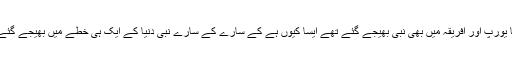
کیا یورپ اور افریقہ میں بھی نبی بھیجے گئے تھے ایسا کیوں ہے کے سارے کے سارے نبی دنیا کے ایک ہی خطّے میں بھیجے گئے ؟